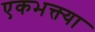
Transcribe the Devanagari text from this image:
एकभक्त्या